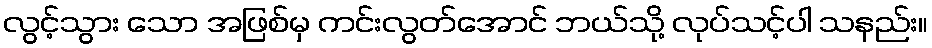
လွင့်သွား သော အဖြစ်မှ ကင်းလွတ်အောင် ဘယ်သို့ လုပ်သင့်ပါ သနည်း။